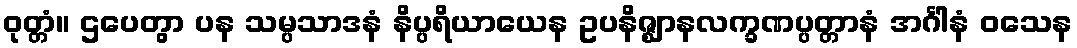
ဝုတ္တံ။ ဌပေတွာ ပန သမ္ပသာဒနံ နိပ္ပရိယာယေန ဥပနိဇ္ဈာနလက္ခဏပ္ပတ္တာနံ အင်္ဂါနံ ဝသေန